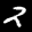
Label: 2